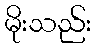
မိုးသည်း